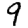
Digit: 9